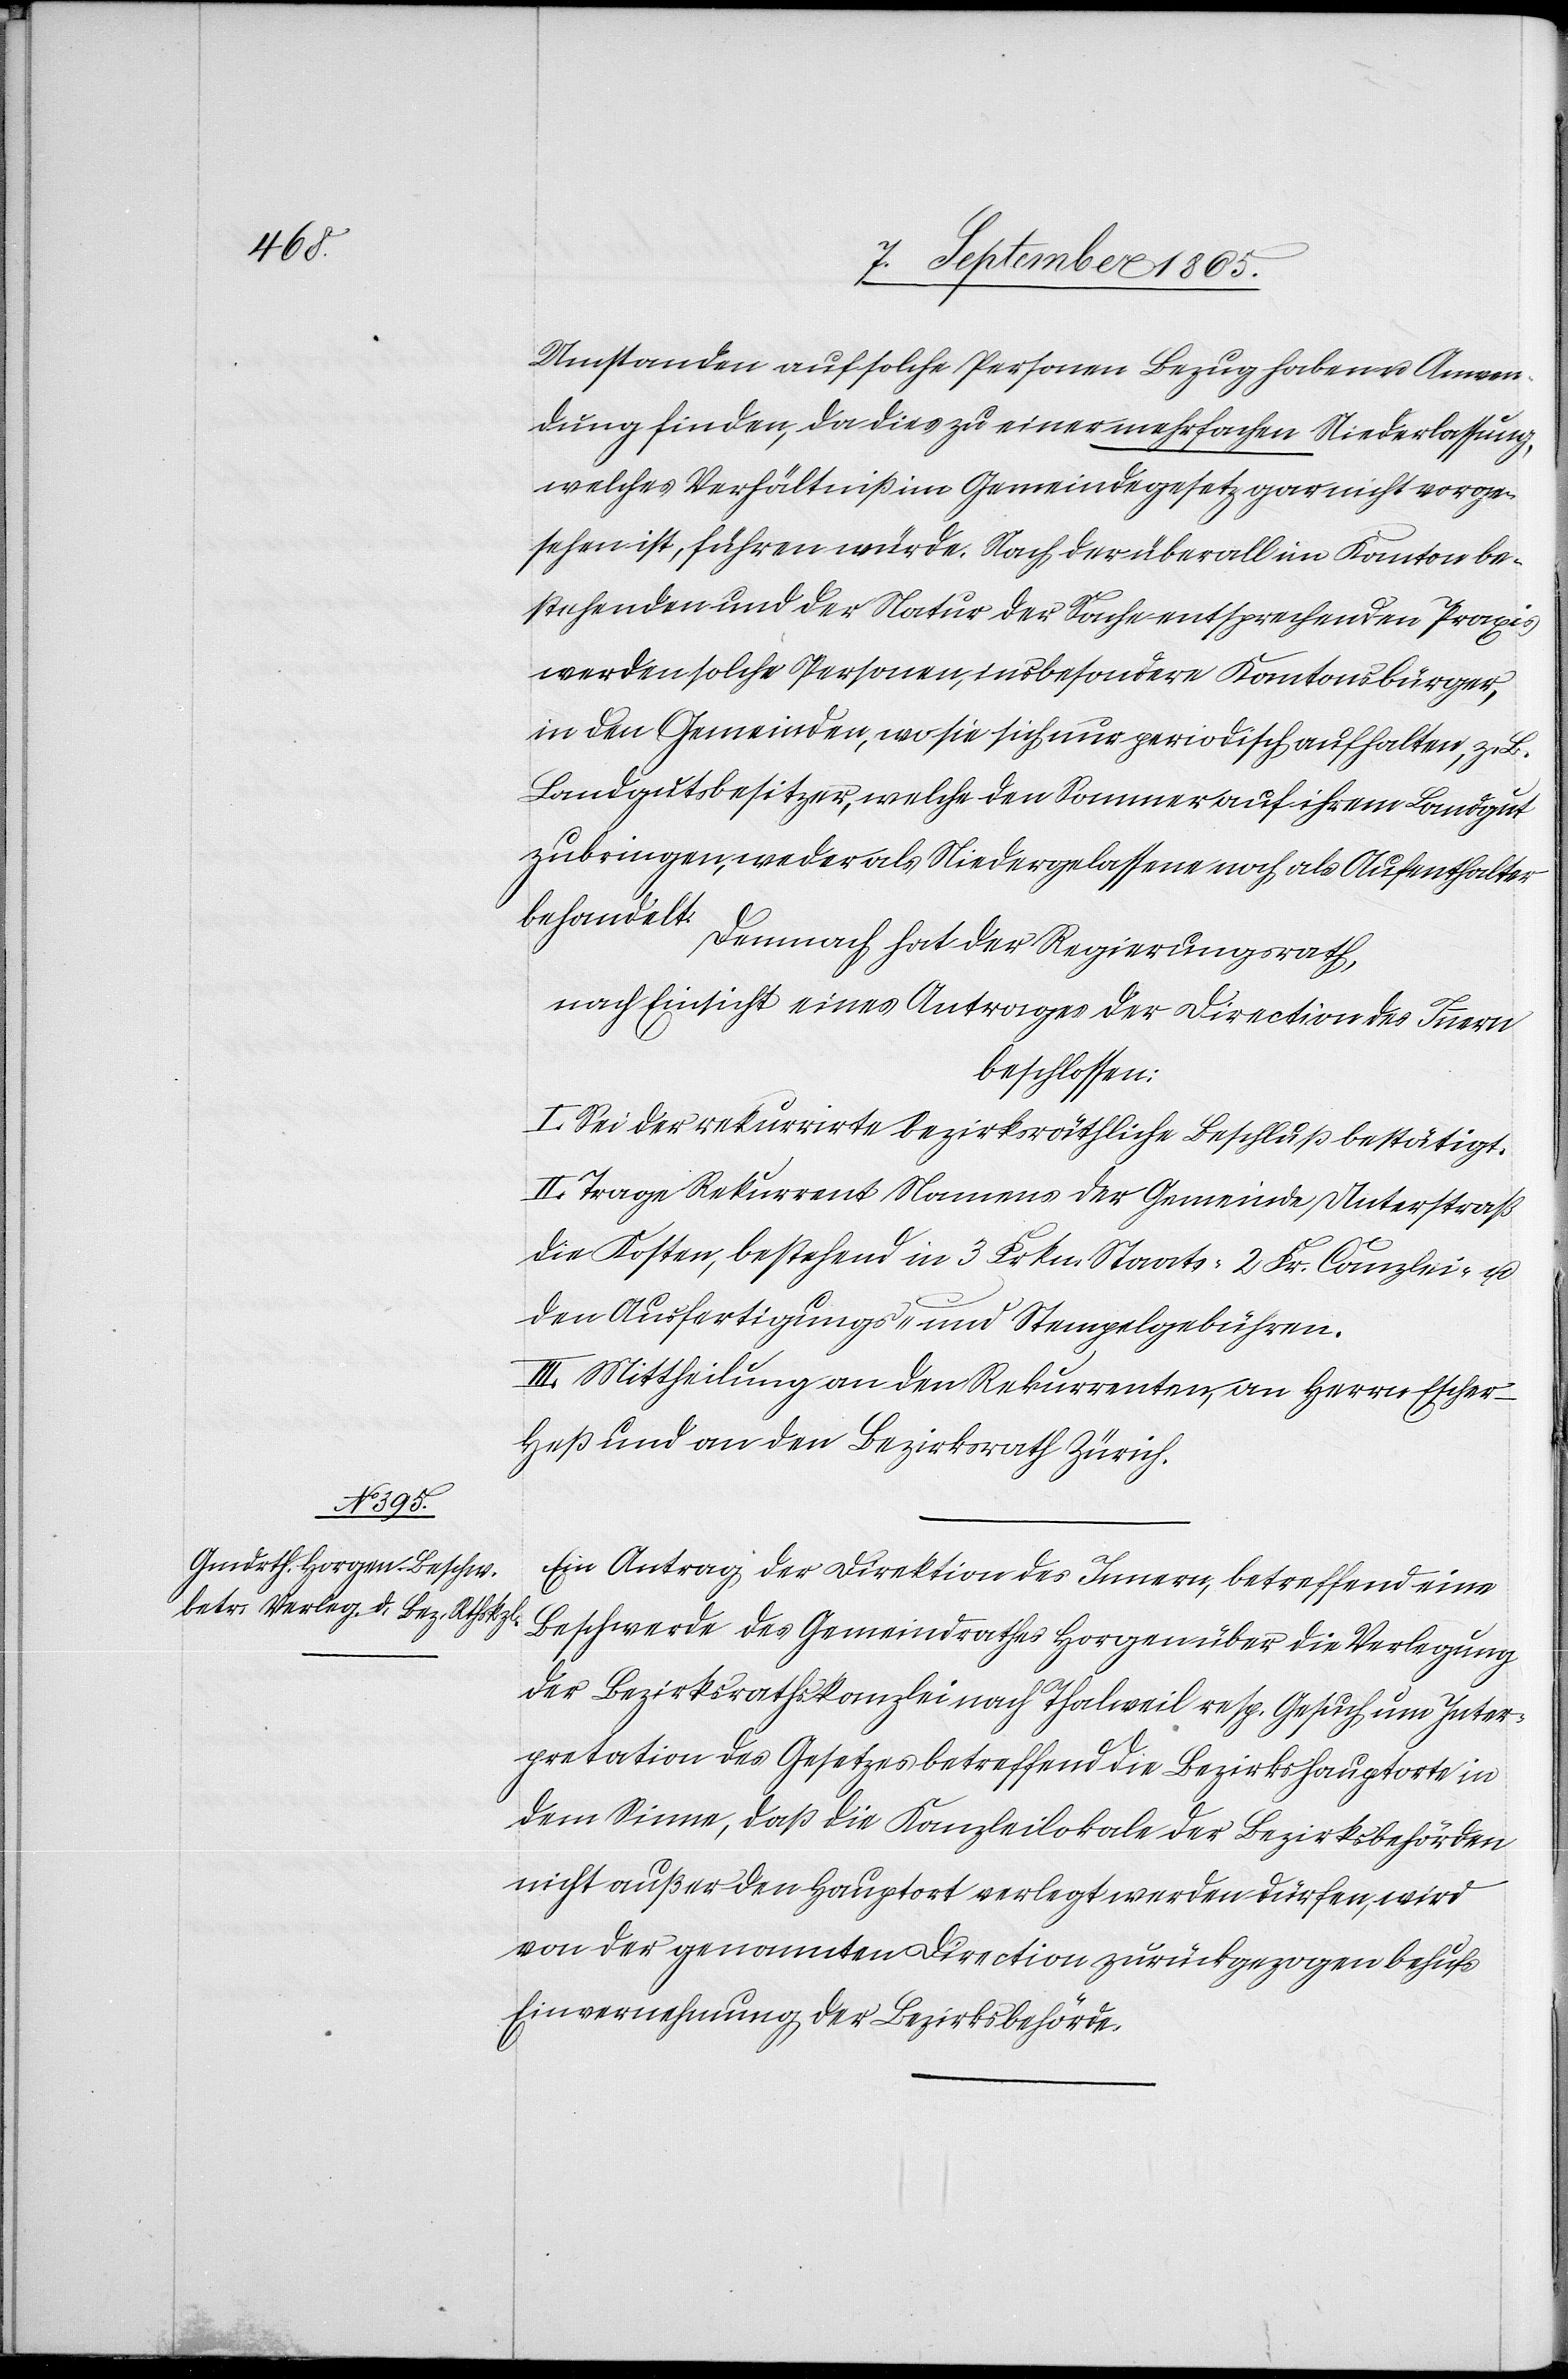
Umstanden auf solche Personen Bezug haben u. Anwen¬
dung finden, da dies zu einer mehrfachen Niederlassung,
welches Verhältniß im Gemeindegesetz gar nicht vorge¬
sehen ist, führen würde. Nach der überall im Kanton be¬
stehenden und der Natur der Sache entsprechenden Praxis
werden solche Personen, insbesondere Kantonsbürger,
in den Gemeinden, wo sie sich nur periodisch aufhalten, z.
Landgutsbesitzer, welche den Sommer auf ihrem Landgut
zubringen, weder als Niedergelassene noch als Aufenthalter
behandelt.
Demnach hat der Regierungsrath,
nach Einsicht eines Antrages der Direction des Innern
beschlossen:
I. Sei der rekurrirte bezirksräthliche Beschluß bestätigt.
II. Trage Rekurrent Namens der Gemeinde Unterstraß
die Kosten, bestehend in 3 Frkn. Staats-[,] 2 Fr. Canzlei- u.
den Ausfertigungs- und Stempelgebühren.
III. Mittheilung an den Rekurrenten, an Herrn Escher-H¬
eß und an den Bezirksrath Zürich.
Ein Antrag der Direktion des Innern, betreffend eine
Beschwerde des Gemeindrathes Horgen über die Verlegung
der Bezirksrathskanzlei nach Thalweil resp. Gesuch um Inter¬
pretation des Gesetzes betreffend die Bezirkshauptorte in
dem Sinne, daß die Kanzleilokale der Bezirksbehörden
nicht außer den Hauptort verlegt werden dürfen, wird
von der genannten Direction zurückgezogen behufs
Einvernehmung der Bezirksbehörde.